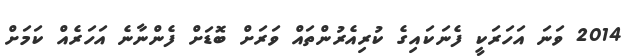
2014 ވަނަ އަހަރަކީ ފެނަކައިގެ ކުރިއެރުންތައް ވަރަށް ބޮޑަށް ފެންނާނެ އަހަރެއް ކަމަށް